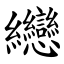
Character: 纞